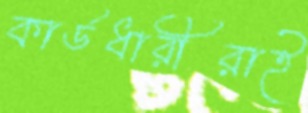
কার্ডধারীরাই